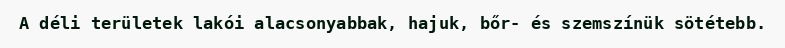
A déli területek lakói alacsonyabbak, hajuk, bőr- és szemszínük sötétebb.